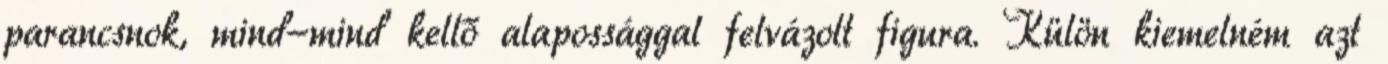
parancsnok, mind-mind kellő alapossággal felvázolt figura. Külön kiemelném azt